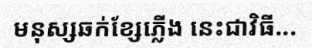
មនុស្សឆក់ខ្សែភ្លើង នេះជាវិធី...